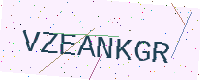
Text: VZEANKGR